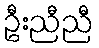
ဦးညီညီ